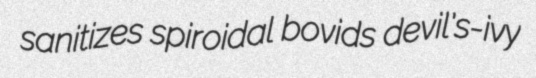
sanitizes spiroidal bovids devil's-ivy